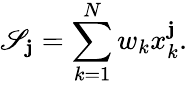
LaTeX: \mathscr{S}_{\mathbf{j}}=\sum_{k=1}^{N}w_{k}x_{k}^{\mathbf{j}}.